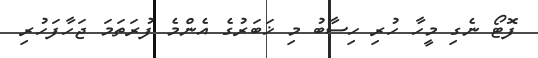
ފޮޓޯ ނެގި މީހާ ހުރި ހިސާބު މި ޚަބަރުގެ އެންމެ ފުރަތަމަ ޖަހާފަހުރި